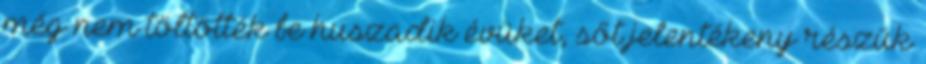
még nem töltötték be huszadik évüket, sőt jelentékeny részük